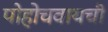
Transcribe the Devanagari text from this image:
पोहोचवायची